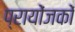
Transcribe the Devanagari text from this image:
प्रायोंजकों